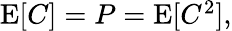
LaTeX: \begin{array}{r}{\operatorname{E}[C]=P=\operatorname{E}[C^{2}],}\end{array}